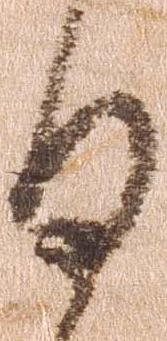
日